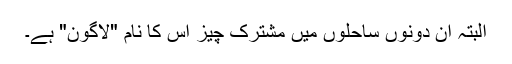
البتہ ان دونوں ساحلوں میں مشترک چیز اس کا نام "لاگون" ہے۔